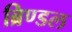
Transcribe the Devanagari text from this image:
ब्रिण्डल